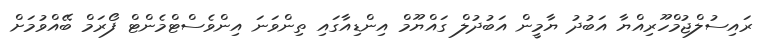
ރައިސުލްޖުމްހޫރިއްޔާ އަބުދު ޔާމީން އަބުދުލް ގައްޔޫމް އިންޑިއާގައި ތިންވަނަ އިންވެސްޓްމެންޓް ފޯރަމް ބޭއްވުމަށް